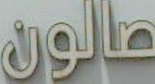
صالون